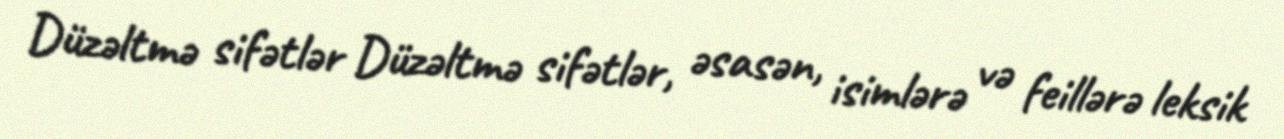
Düzəltmə sifətlər Düzəltmə sifətlər, əsasən, isimlərə və feillərə leksik